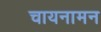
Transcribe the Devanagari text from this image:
चायनामन